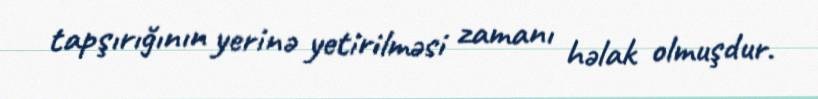
tapşırığının yerinə yetirilməsi zamanı həlak olmuşdur.